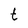
Character: t